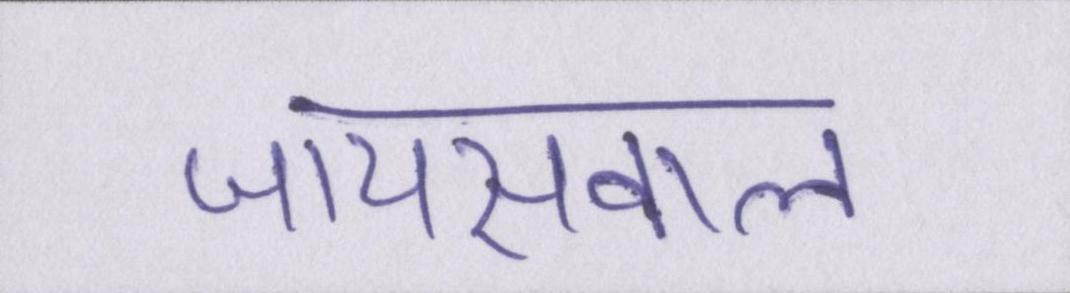
जायसवाल